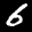
Digit: 6